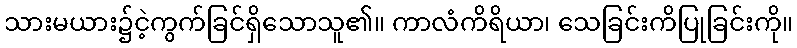
သားမယား၌ငဲ့ကွက်ခြင်ရှိသောသူ၏။ ကာလံကိရိယာ၊ သေခြင်းကိပြုခြင်းကို။